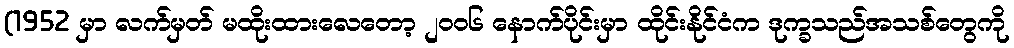
(1952 မှာ လက်မှတ် မထိုးထားလေတော့ ၂၀၀၆ နောက်ပိုင်းမှာ ထိုင်းနိုင်ငံက ဒုက္ခသည်အသစ်တွေကို